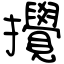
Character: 攪